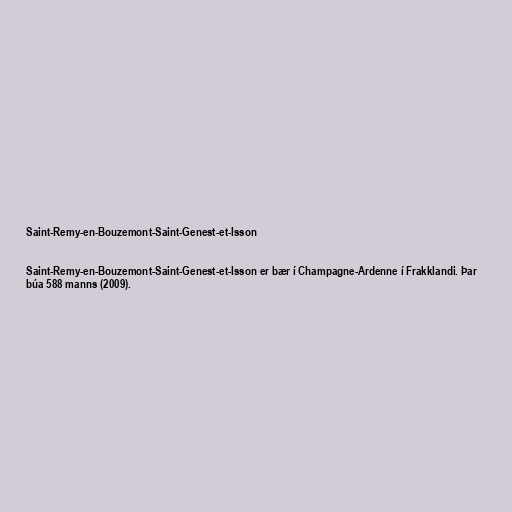
Saint-Remy-en-Bouzemont-Saint-Genest-et-Isson

Saint-Remy-en-Bouzemont-Saint-Genest-et-Isson er bær í Champagne-Ardenne í Frakklandi. Þar
búa 588 manns (2009).